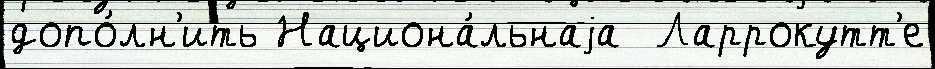
допо́лн'ить Национа́льнаjа  Ларрокутт'е